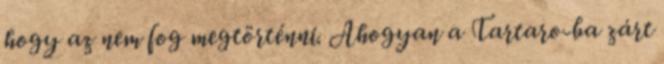
hogy az nem fog megtörténni. Ahogyan a Tartaro-ba zárt